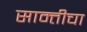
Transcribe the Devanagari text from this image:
साम्तीचा